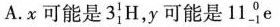
A.x可能是3_{1}^{1}H，y可能是11_{-1}^{0}e